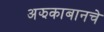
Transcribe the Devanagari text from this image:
अझकाबानचे